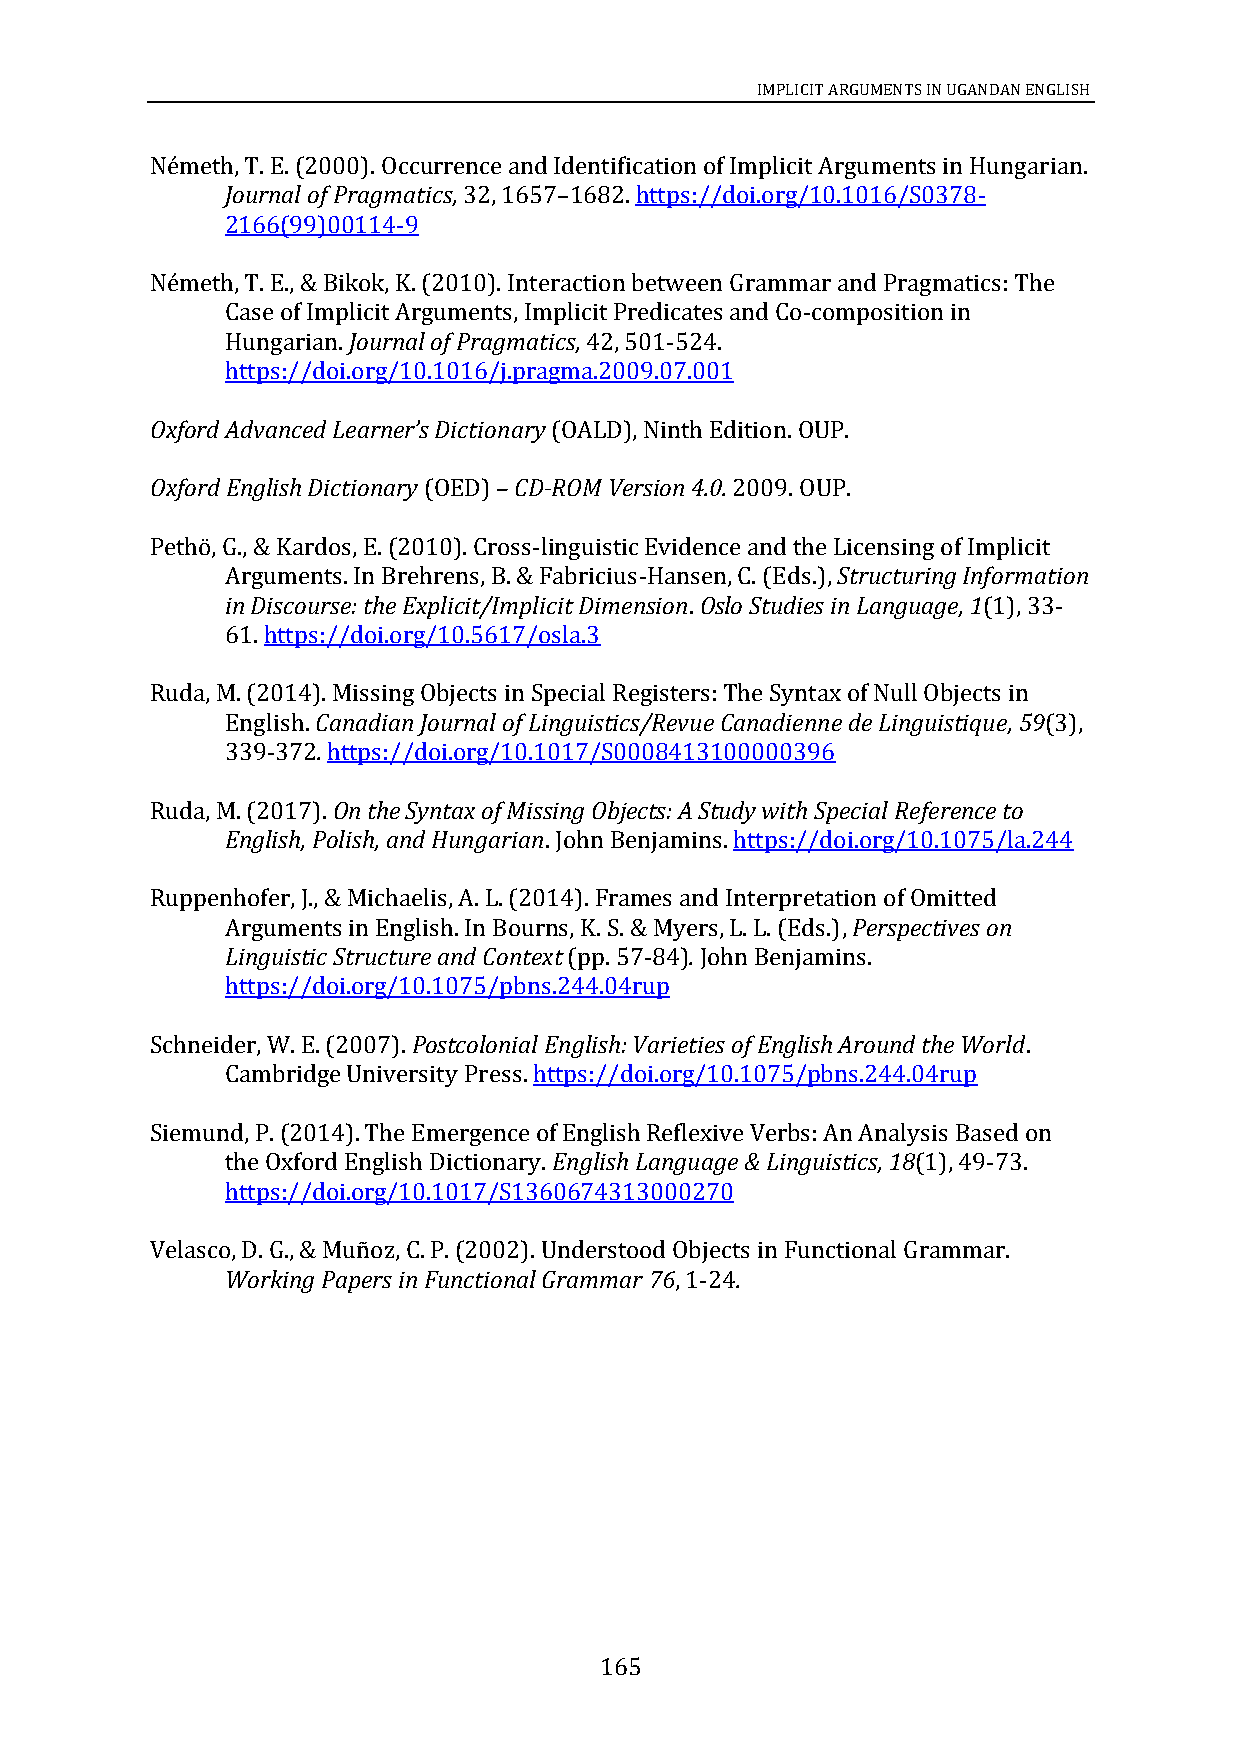
IMPLICIT ARGUMENTS IN UGANDAN ENGLISH
 Németh, T. E. (2000). Occurrence and Identification of Implicit Arguments in Hungarian.
 Journal of Pragmatics, 32, 1657 1682. https://doi.org/10.1016/S0378-
 2166(99)00114-9
 –
 Németh, T. E., & Bikok, K. (2010). Interaction between Grammar and Pragmatics: The
 Case of Implicit Arguments, Implicit Predicates and Co-composition in
 Hungarian. Journal of Pragmatics, 42, 501-524.
 https://doi.org/10.1016/j.pragma.2009.07.001
 Oxford Advanced Learner’s Dictionary (OALD), Ninth Edition. OUP.
 Oxford English Dictionary (OED) – CD-ROM Version 4.0. 2009. OUP.
 Pethö, G., & Kardos, E. (2010). Cross-linguistic Evidence and the Licensing of Implicit
 Arguments. In Brehrens, B. & Fabricius-Hansen, C. (Eds.), Structuring Information
 in Discourse: the Explicit/Implicit Dimension. Oslo Studies in Language, 1(1), 33-
 61. https://doi.org/10.5617/osla.3
 Ruda, M. (2014). Missing Objects in Special Registers: The Syntax of Null Objects in
 English. Canadian Journal of Linguistics/Revue Canadienne de Linguistique, 59(3),
 339-372. https://doi.org/10.1017/S0008413100000396
 Ruda, M. (2017). On the Syntax of Missing Objects: A Study with Special Reference to
 English, Polish, and Hungarian. John Benjamins. https://doi.org/10.1075/la.244
 Ruppenhofer, J., & Michaelis, A. L. (2014). Frames and Interpretation of Omitted
 Arguments in English. In Bourns, K. S. & Myers, L. L. (Eds.), Perspectives on
 Linguistic Structure and Context (pp. 57-84). John Benjamins.
 https://doi.org/10.1075/pbns.244.04rup
 Schneider, W. E. (2007). Postcolonial English: Varieties of English Around the World.
 Cambridge University Press. https://doi.org/10.1075/pbns.244.04rup
 Siemund, P. (2014). The Emergence of English Reflexive Verbs: An Analysis Based on
 the Oxford English Dictionary. English Language & Linguistics, 18(1), 49-73.
 https://doi.org/10.1017/S1360674313000270
 Velasco, D. G., & Muñoz, C. P. (2002). Understood Objects in Functional Grammar.
 Working Papers in Functional Grammar 76, 1-24.
 165